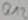
Text: Q12